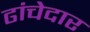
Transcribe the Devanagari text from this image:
ढांचेदार